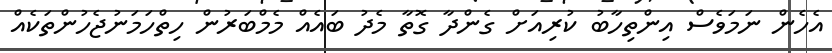
އެހެން ނަމަވެސް އިންތިހާބު ކުރިއަށް ގެންދާ ގޮތާ މެދު ބައެއް މެމްބަރުން ހިތްހަމަނުޖެހުންތަކެއް